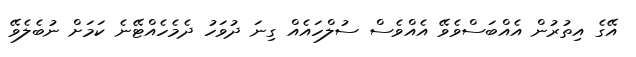
އޭގެ އިތުރުން އެއްބަސްވެވޭ އެއްވެސް ސުލްހައެއް ގިނަ ދުވަހު ދެމެހެއްޓޭނެ ކަމަށް ނުބެލެވޭ